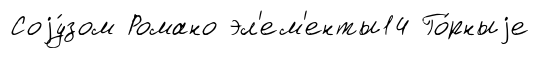
Соjу́зом Романо эл'ем'енты14 Го́рныjе